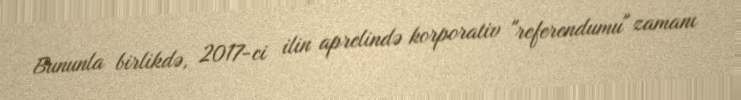
Bununla birlikdə, 2017-ci ilin aprelində korporativ "referendumu" zamanı